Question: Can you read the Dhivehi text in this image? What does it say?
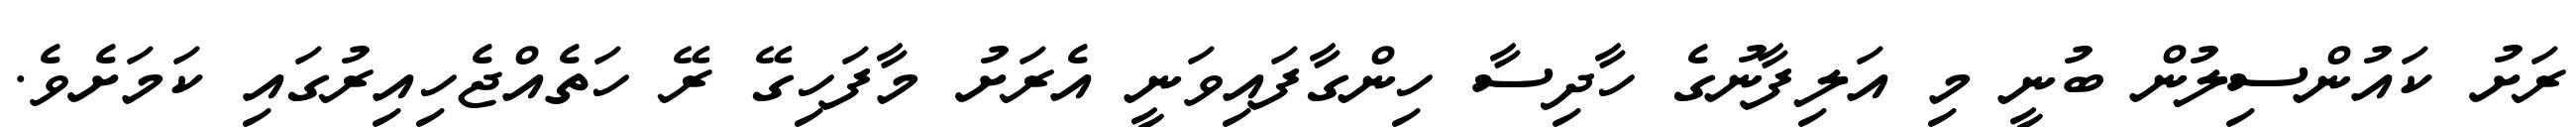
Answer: ރަށު ކައުންސިލުން ބުނީ މި އަލިފާނުގެ ހާދިސާ ހިންގާފައިވަނީ އެރަށު މާފަހިގޭ ރޭ ހަތެއްޖެހިއިރުގައި ކަމަށެވެ.